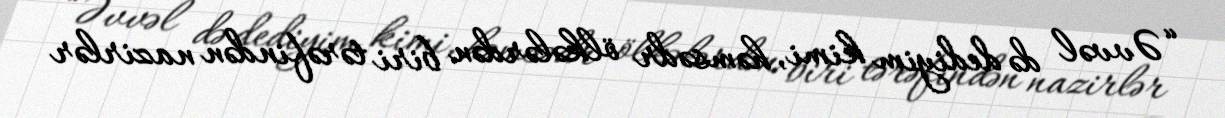
“Əvvəl də dediyim kimi, həmsədr ölkələrdən biri tərəfindən nazirlər